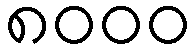
၈၀၀၀